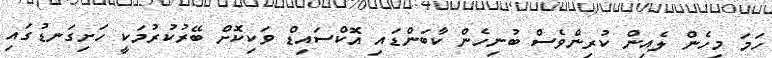
ހަމަ މިހެން ލެއިން ކުރިންވެސް ބުނިހެން ކާބަންޑައި އޮކްސައިޑް ވަކިކޮށް ބޭރުކުރުމަކީ ހަށިގަނޑުގައި